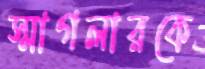
স্মাগলারকে